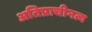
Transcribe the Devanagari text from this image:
अतिप्राचीनत्व